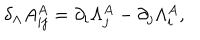
LaTeX: \delta _ { \Lambda } A _ { i j } ^ { A } = \partial _ { i } \Lambda _ { j } ^ { A } - \partial _ { j } \Lambda _ { i } ^ { A } ,